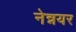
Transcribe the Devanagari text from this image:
नेन्नयर